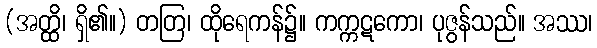
(အတ္ထိ၊ ရှိ၏။) တတြ၊ ထိုရေကန်၌။ ကက္ကဋကော၊ ပုဇွန်သည်။ အဿ၊